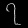
Digit: ၇